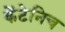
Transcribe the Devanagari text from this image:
केंटेनिच